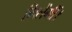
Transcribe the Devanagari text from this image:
मिलेंगीं।